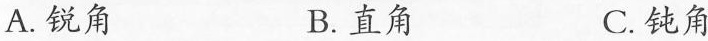
A.锐角 B.直角 C.钝角